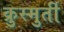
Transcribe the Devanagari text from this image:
क्रुस्मुर्ती